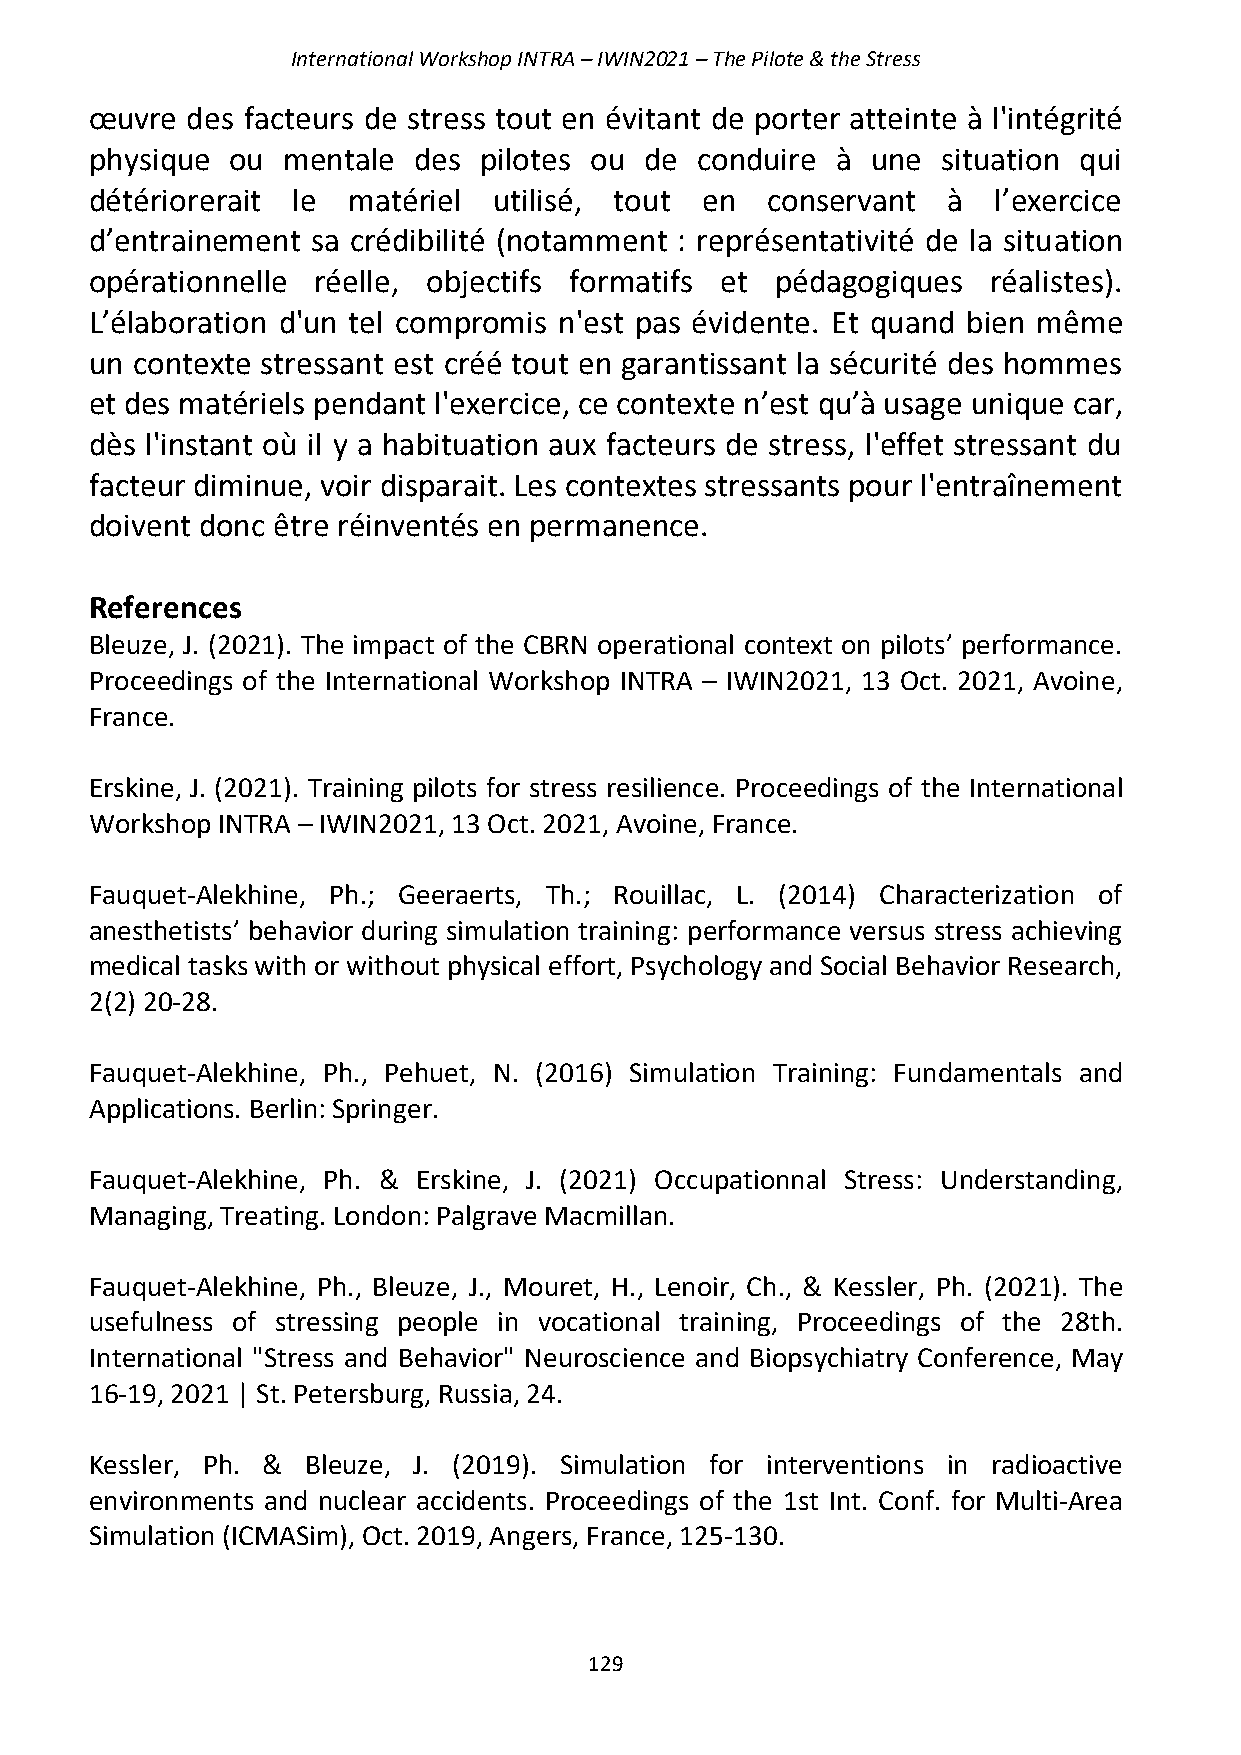
International Workshop INTRA – IWIN2021 – The Pilote & the Stress
 œuvre des facteurs de stress tout en évitant de porter atteinte à l'intégrité
 physique ou  mentale des  pilotes ou de conduire à  une situation qui
 détériorerait le matériel  utilisé, tout en  conservant  à  l’exercice
 d’entrainement sa crédibilité (notamment : représentativité de la situation
 opérationnelle réelle, objectifs formatifs et pédagogiques  réalistes).
 L’élaboration d'un tel compromis n'est pas évidente. Et quand bien même
 un contexte stressant est créé tout en garantissant la sécurité des hommes
 et des matériels pendant l'exercice, ce contexte n’est qu’à usage unique car,
 dès l'instant où il y a habituation aux facteurs de stress, l'effet stressant du
 facteur diminue, voir disparait. Les contextes stressants pour l'entraînement
 doivent donc être réinventés en permanence.
 References
 Bleuze, J. (2021). The impact of the CBRN operational context on pilots’ performance.
 Proceedings of the International Workshop INTRA – IWIN2021, 13 Oct. 2021, Avoine,
 France.
 Erskine, J. (2021). Training pilots for stress resilience. Proceedings of the International
 Workshop INTRA – IWIN2021, 13 Oct. 2021, Avoine, France.
 Fauquet-Alekhine, Ph.; Geeraerts, Th.; Rouillac, L. (2014) Characterization of
 anesthetists’ behavior during simulation training: performance versus stress achieving
 medical tasks with or without physical effort, Psychology and Social Behavior Research,
 2(2) 20-28.
 Fauquet-Alekhine, Ph., Pehuet, N. (2016) Simulation Training: Fundamentals and
 Applications. Berlin: Springer.
 Fauquet-Alekhine, Ph. & Erskine, J. (2021) Occupationnal Stress: Understanding,
 Managing, Treating. London: Palgrave Macmillan.
 Fauquet-Alekhine, Ph., Bleuze, J., Mouret, H., Lenoir, Ch., & Kessler, Ph. (2021). The
 usefulness of stressing people in vocational training, Proceedings of the 28th.
 International "Stress and Behavior" Neuroscience and Biopsychiatry Conference, May
 16-19, 2021 | St. Petersburg, Russia, 24.
 Kessler, Ph. & Bleuze, J. (2019). Simulation for interventions in radioactive
 environments and nuclear accidents. Proceedings of the 1st Int. Conf. for Multi-Area
 Simulation (ICMASim), Oct. 2019, Angers, France, 125-130.
 129